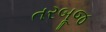
તરબૂજ